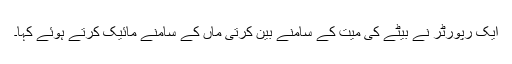
ایک رپورٹر نے بیٹے کی میت کے سامنے بین کرتی ماں کے سامنے مائیک کرتے ہوئے کہا۔